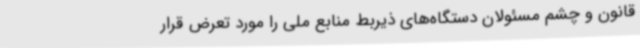
قانون و چشم مسئولان دستگاه‌های ذیربط منابع ملی را مورد تعرض قرار